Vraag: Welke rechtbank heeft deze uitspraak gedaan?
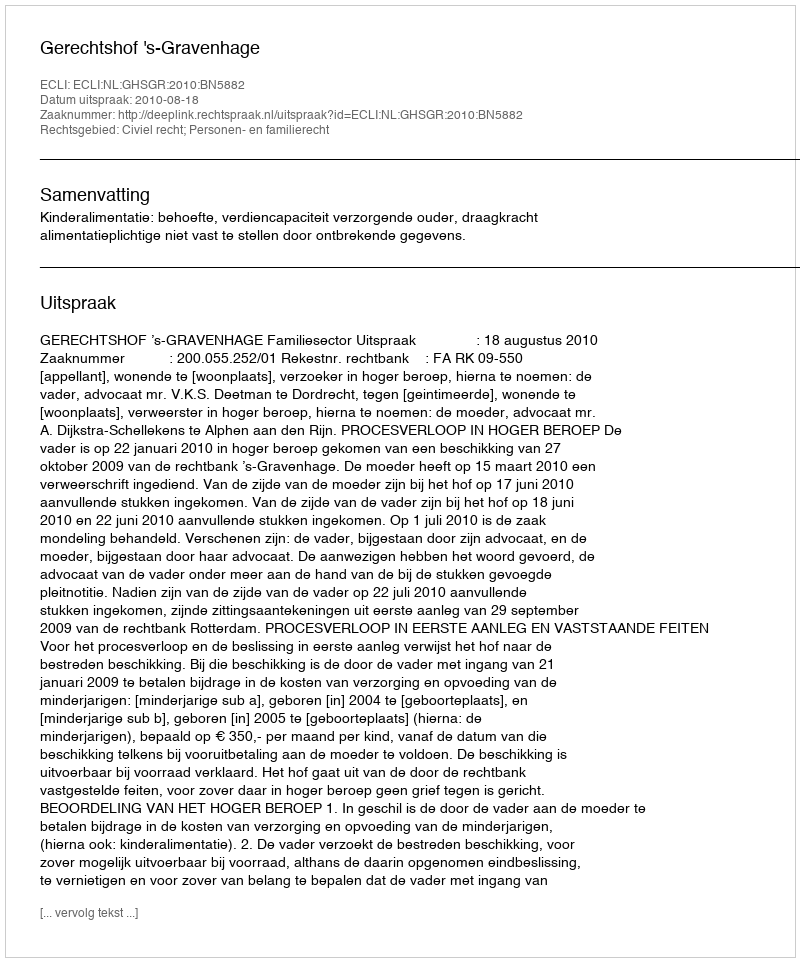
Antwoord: Gerechtshof 's-Gravenhage